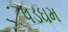
પડઘમ